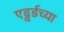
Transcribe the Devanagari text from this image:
एड्वर्डच्या